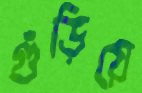
গুঁড়িয়ে